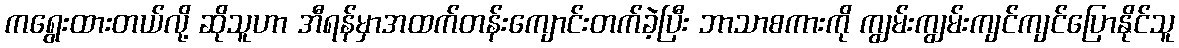
ကရွေးထားတယ်လို့ ဆိုသူဟာ အီရန်မှာအထက်တန်းကျောင်းတက်ခဲ့ပြီး ဘာသာစကားကို ကျွမ်းကျွမ်းကျင်ကျင်ပြောနိုင်သူ